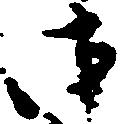
御